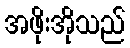
အဖိုးအိုသည်